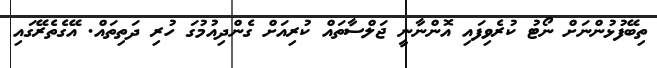
ތިބޭފުޅުންނަށް ނޯޓު ކުރެވިފައި އޮންނާނީ ޖަލްސާތައް ކުރިއަށް ގެންދިއުމުގަ ހުރި ދަތިތައް. އޭގެތެރޭގައި